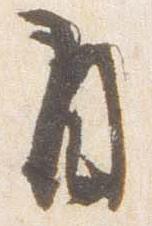
自